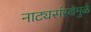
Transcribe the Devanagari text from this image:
नाट्यसंस्थेमुळे